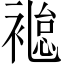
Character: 𧜐